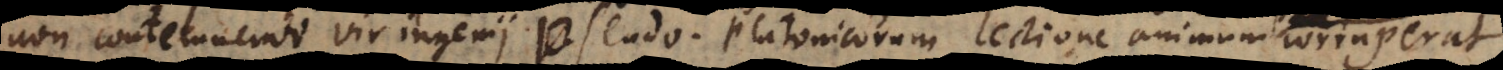
non contemnendi vir ingenii Pseudo‐Platonicorum lectione animum corruperat.